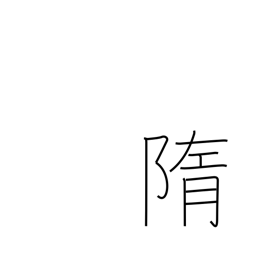
Meaning: remains of sacrifice